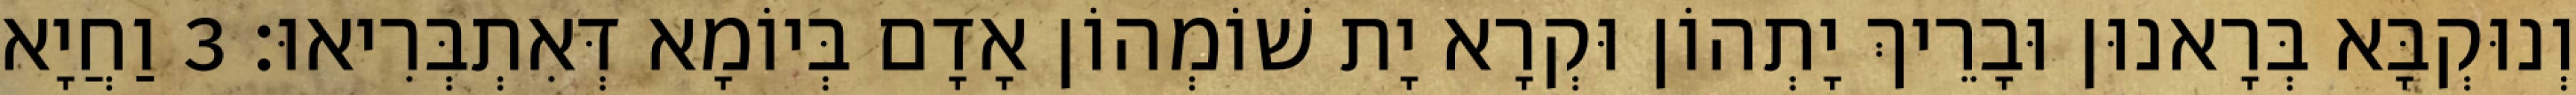
וְנוּקְבָּא בְּרָאנוּן וּבָרֵיךְ יָתְהוֹן וּקְרָא יָת שׁוֹמְהוֹן אָדָם בְּיוֹמָא דְּאִתְבְּרִיאוּ׃ 3 וַחֲיָא